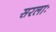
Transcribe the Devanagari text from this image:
सरलाः